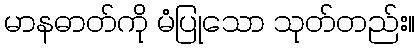
မာနဓာတ်ကို မံပြုသော သုတ်တည်း။